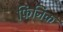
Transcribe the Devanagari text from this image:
फिनिक